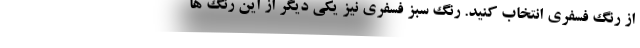
از رنگ فسفری انتخاب کنید. رنگ سبز فسفری نیز یکی دیگر از این رنگ ها